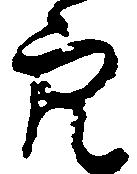
穴